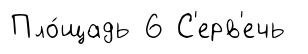
Пло́щадь 6 С'ерв'ечь